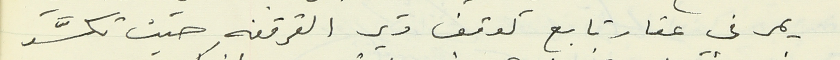
يمر في عقار تابع لوقف دير القرقفه حيث تكسَّر